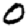
Digit: 0